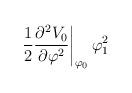
LaTeX: \begin{align*}\left.\frac{1}{2}\frac{\partial^2 V_0 }{\partial \varphi^2}\right|_{\varphi_0}\varphi_1^2\end{align*}